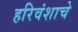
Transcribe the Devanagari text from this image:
हरिवंशाचे